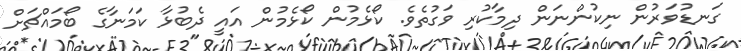
ގަނޑުވަރުން ނިކުންނަން ދިމާކުރި ވަގުތެވެ. ކޯޅެމުން ކޯޅެމުން އައީ ދެބުޅާ ކަމަނާގެ ބޯމައްޗަށް